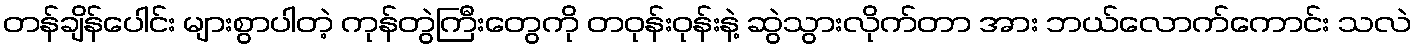
တန်ချိန်ပေါင်း များစွာပါတဲ့ ကုန်တွဲကြီးတွေကို တဝုန်းဝုန်းနဲ့ ဆွဲသွားလိုက်တာ အား ဘယ်လောက်ကောင်း သလဲ